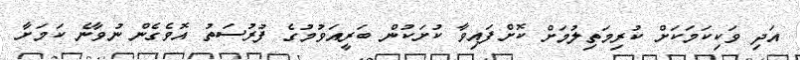
އަދި ވަކިކަމަކަށް ކުރިމަތިލުމަށް ކޮށްފައިވާ ކުށަކުން ބަރީއަވުމުގެ ފުރުސަތު އޮވެގެން ނުވާނެ ކަމަށާ